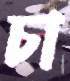
চা